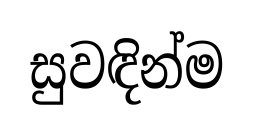
සුවඳින්ම